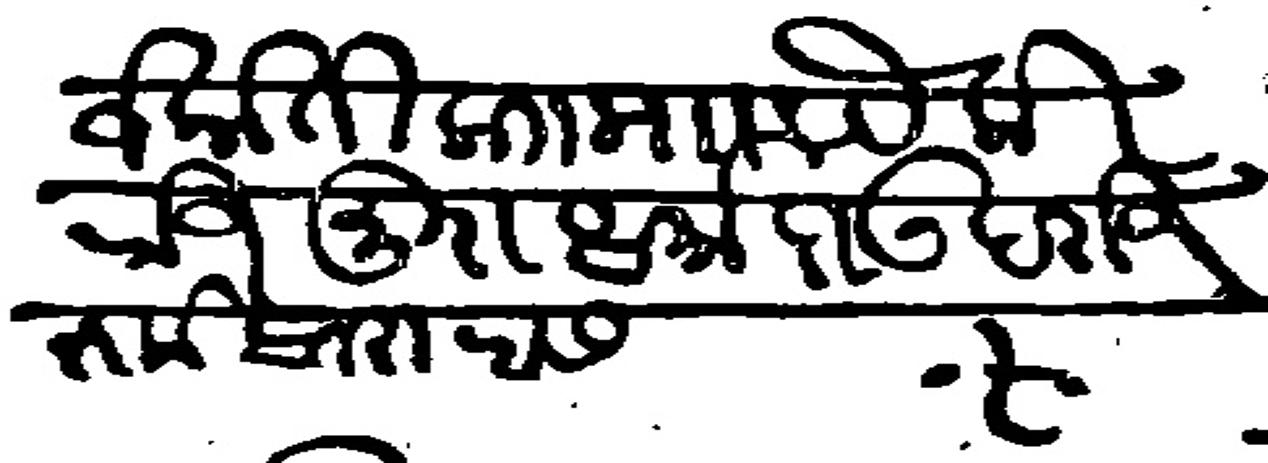
Transliteration (Devanagari): १ जकाती काा माा पैकी रोजमुरा धर्मादाऊ दरोज रूके बारा रास